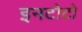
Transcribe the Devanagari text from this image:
इनटोटो